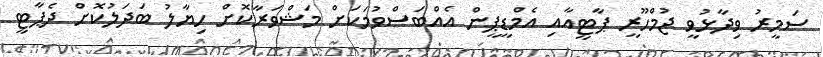
ސަމީރު ވިދާޅުވީ ޖުމްހޫރީ ޕާޓީއާއި އެމްޑީޕީން އެއްބަސްވުމަކަށް މަޝްވަރާކޮށް ހިޔާލު ބަދަލުކޮށް ދެޕާޓީ